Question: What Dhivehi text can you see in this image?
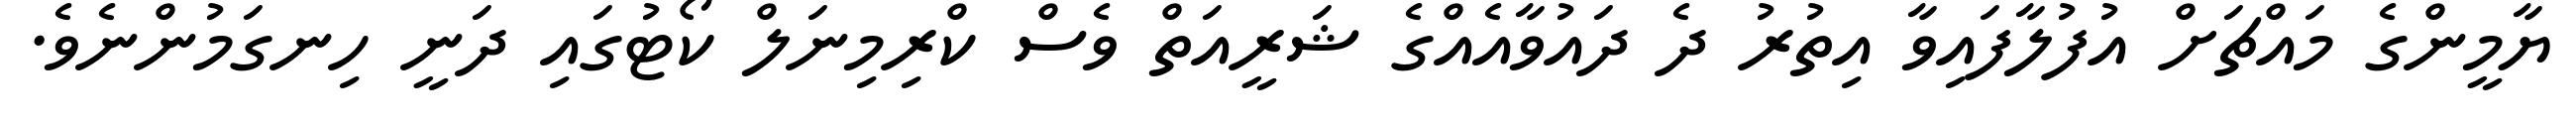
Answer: ޔާމީންގެ މައްޗަށް އުފުލާފައިވާ އިތުރު ދެ ދައުވާއެއްގެ ޝަރީއަތް ވެސް ކްރިމިނަލް ކޯޓުގައި ދަނީ ހިނގަމުންނެވެ.